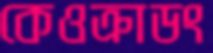
কেওক্রাডং